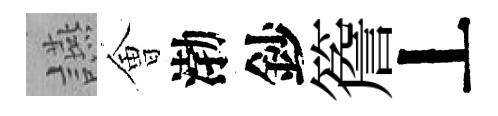
讌㑹渤鈔簷丄